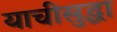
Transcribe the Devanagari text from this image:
याचीसुद्धा